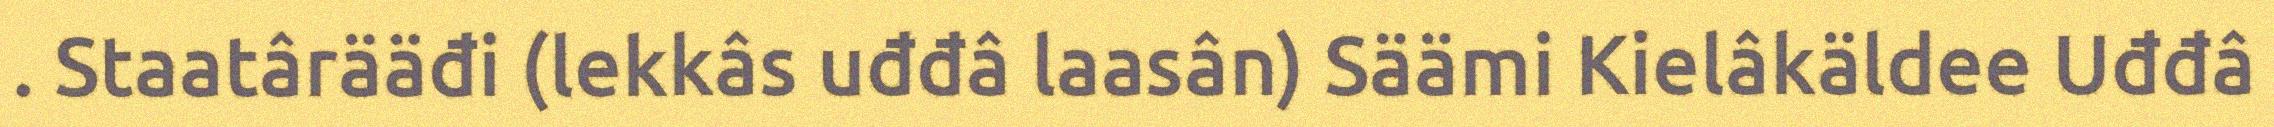
. Staatârääđi (lekkâs uđđâ laasân) Säämi Kielâkäldee Uđđâ